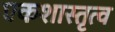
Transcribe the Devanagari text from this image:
एकशास्तृत्व